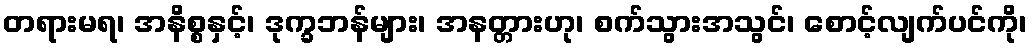
တရားမရ၊ အနိစ္စနှင့်၊ ဒုက္ခဘန်များ၊ အနတ္တားဟု၊ စက်သွားအသွင်၊ စောင့်လျက်ပင်ကို၊